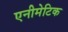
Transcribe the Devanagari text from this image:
एनीमेटिक